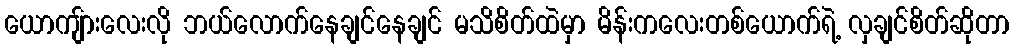
ယောကျ်ားလေးလို ဘယ်လောက်နေချင်နေချင် မသိစိတ်ထဲမှာ မိန်းကလေးတစ်ယောက်ရဲ့ လှချင်စိတ်ဆိုတာ